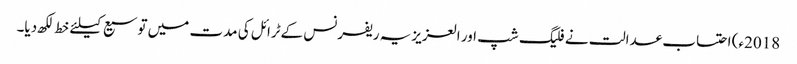
2018ء) احتساب عدالت نے فلیگ شپ اور العزیزیہ ریفرنس کےٹرائل کی مدت میں توسیع کیلئے خط لکھ دیا۔